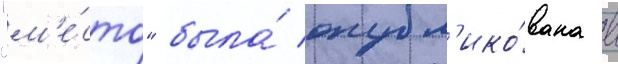
"м'е́сто" была́ опубл'ико́вана в